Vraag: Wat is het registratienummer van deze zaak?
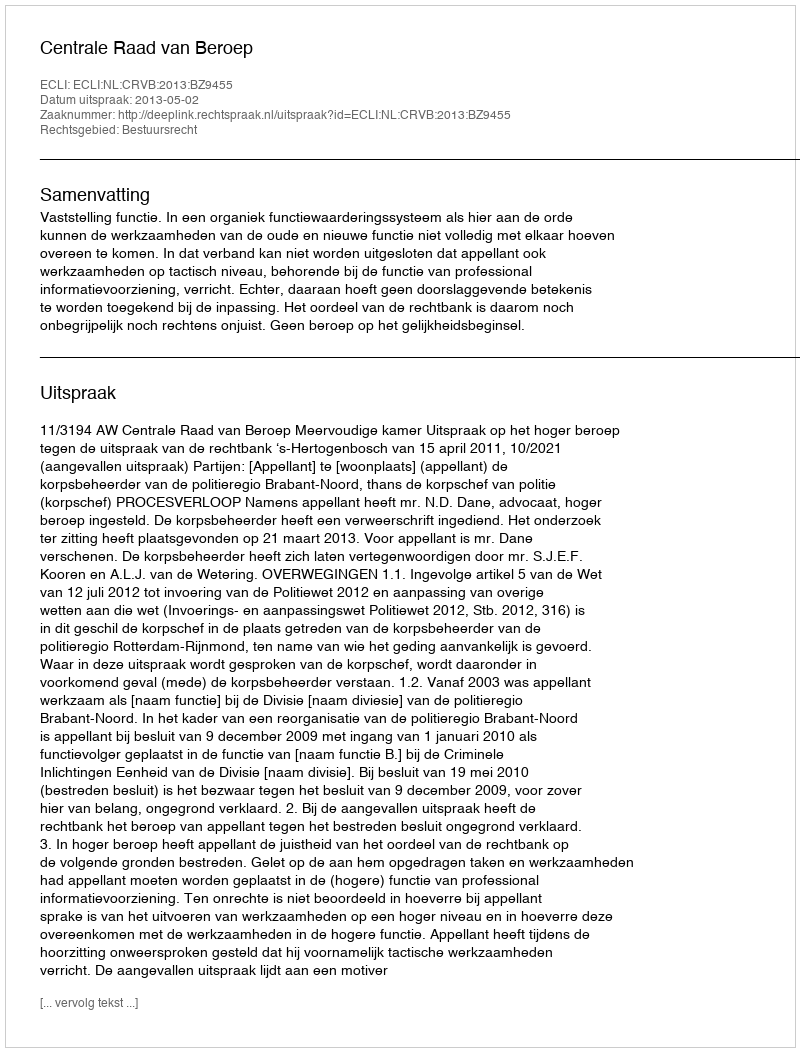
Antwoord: http://deeplink.rechtspraak.nl/uitspraak?id=ECLI:NL:CRVB:2013:BZ9455